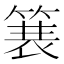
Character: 𫞽